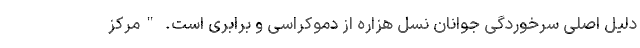
دلیل اصلی سرخوردگی جوانان نسل هزاره از دموکراسی و برابری است. "مرکز